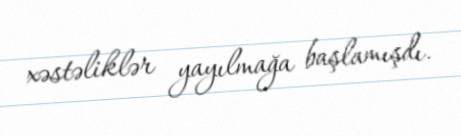
xəstəliklər yayılmağa başlamışdı.